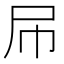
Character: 𡰯